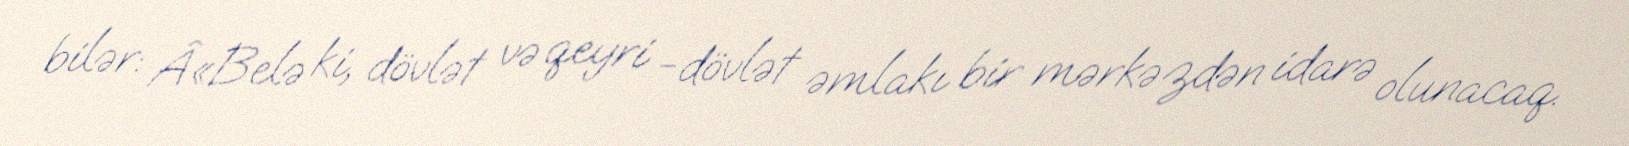
bilər: Â«Belə ki, dövlət və qeyri -dövlət əmlakı bir mərkəzdən idarə olunacaq.